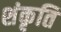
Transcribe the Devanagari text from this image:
शंकृति